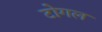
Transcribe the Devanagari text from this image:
टोगल